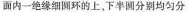
面内一绝缘细圆环的上，下半圆分别均匀分